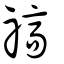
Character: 禞